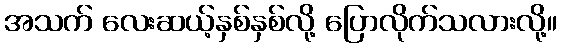
အသက် လေးဆယ့်နှစ်နှစ်လို့ ပြောလိုက်သလားလို့။